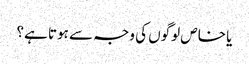
یا خاص لوگوں کی وجہ سے ہوتا ہے؟